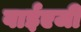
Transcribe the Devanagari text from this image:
वाईएजी